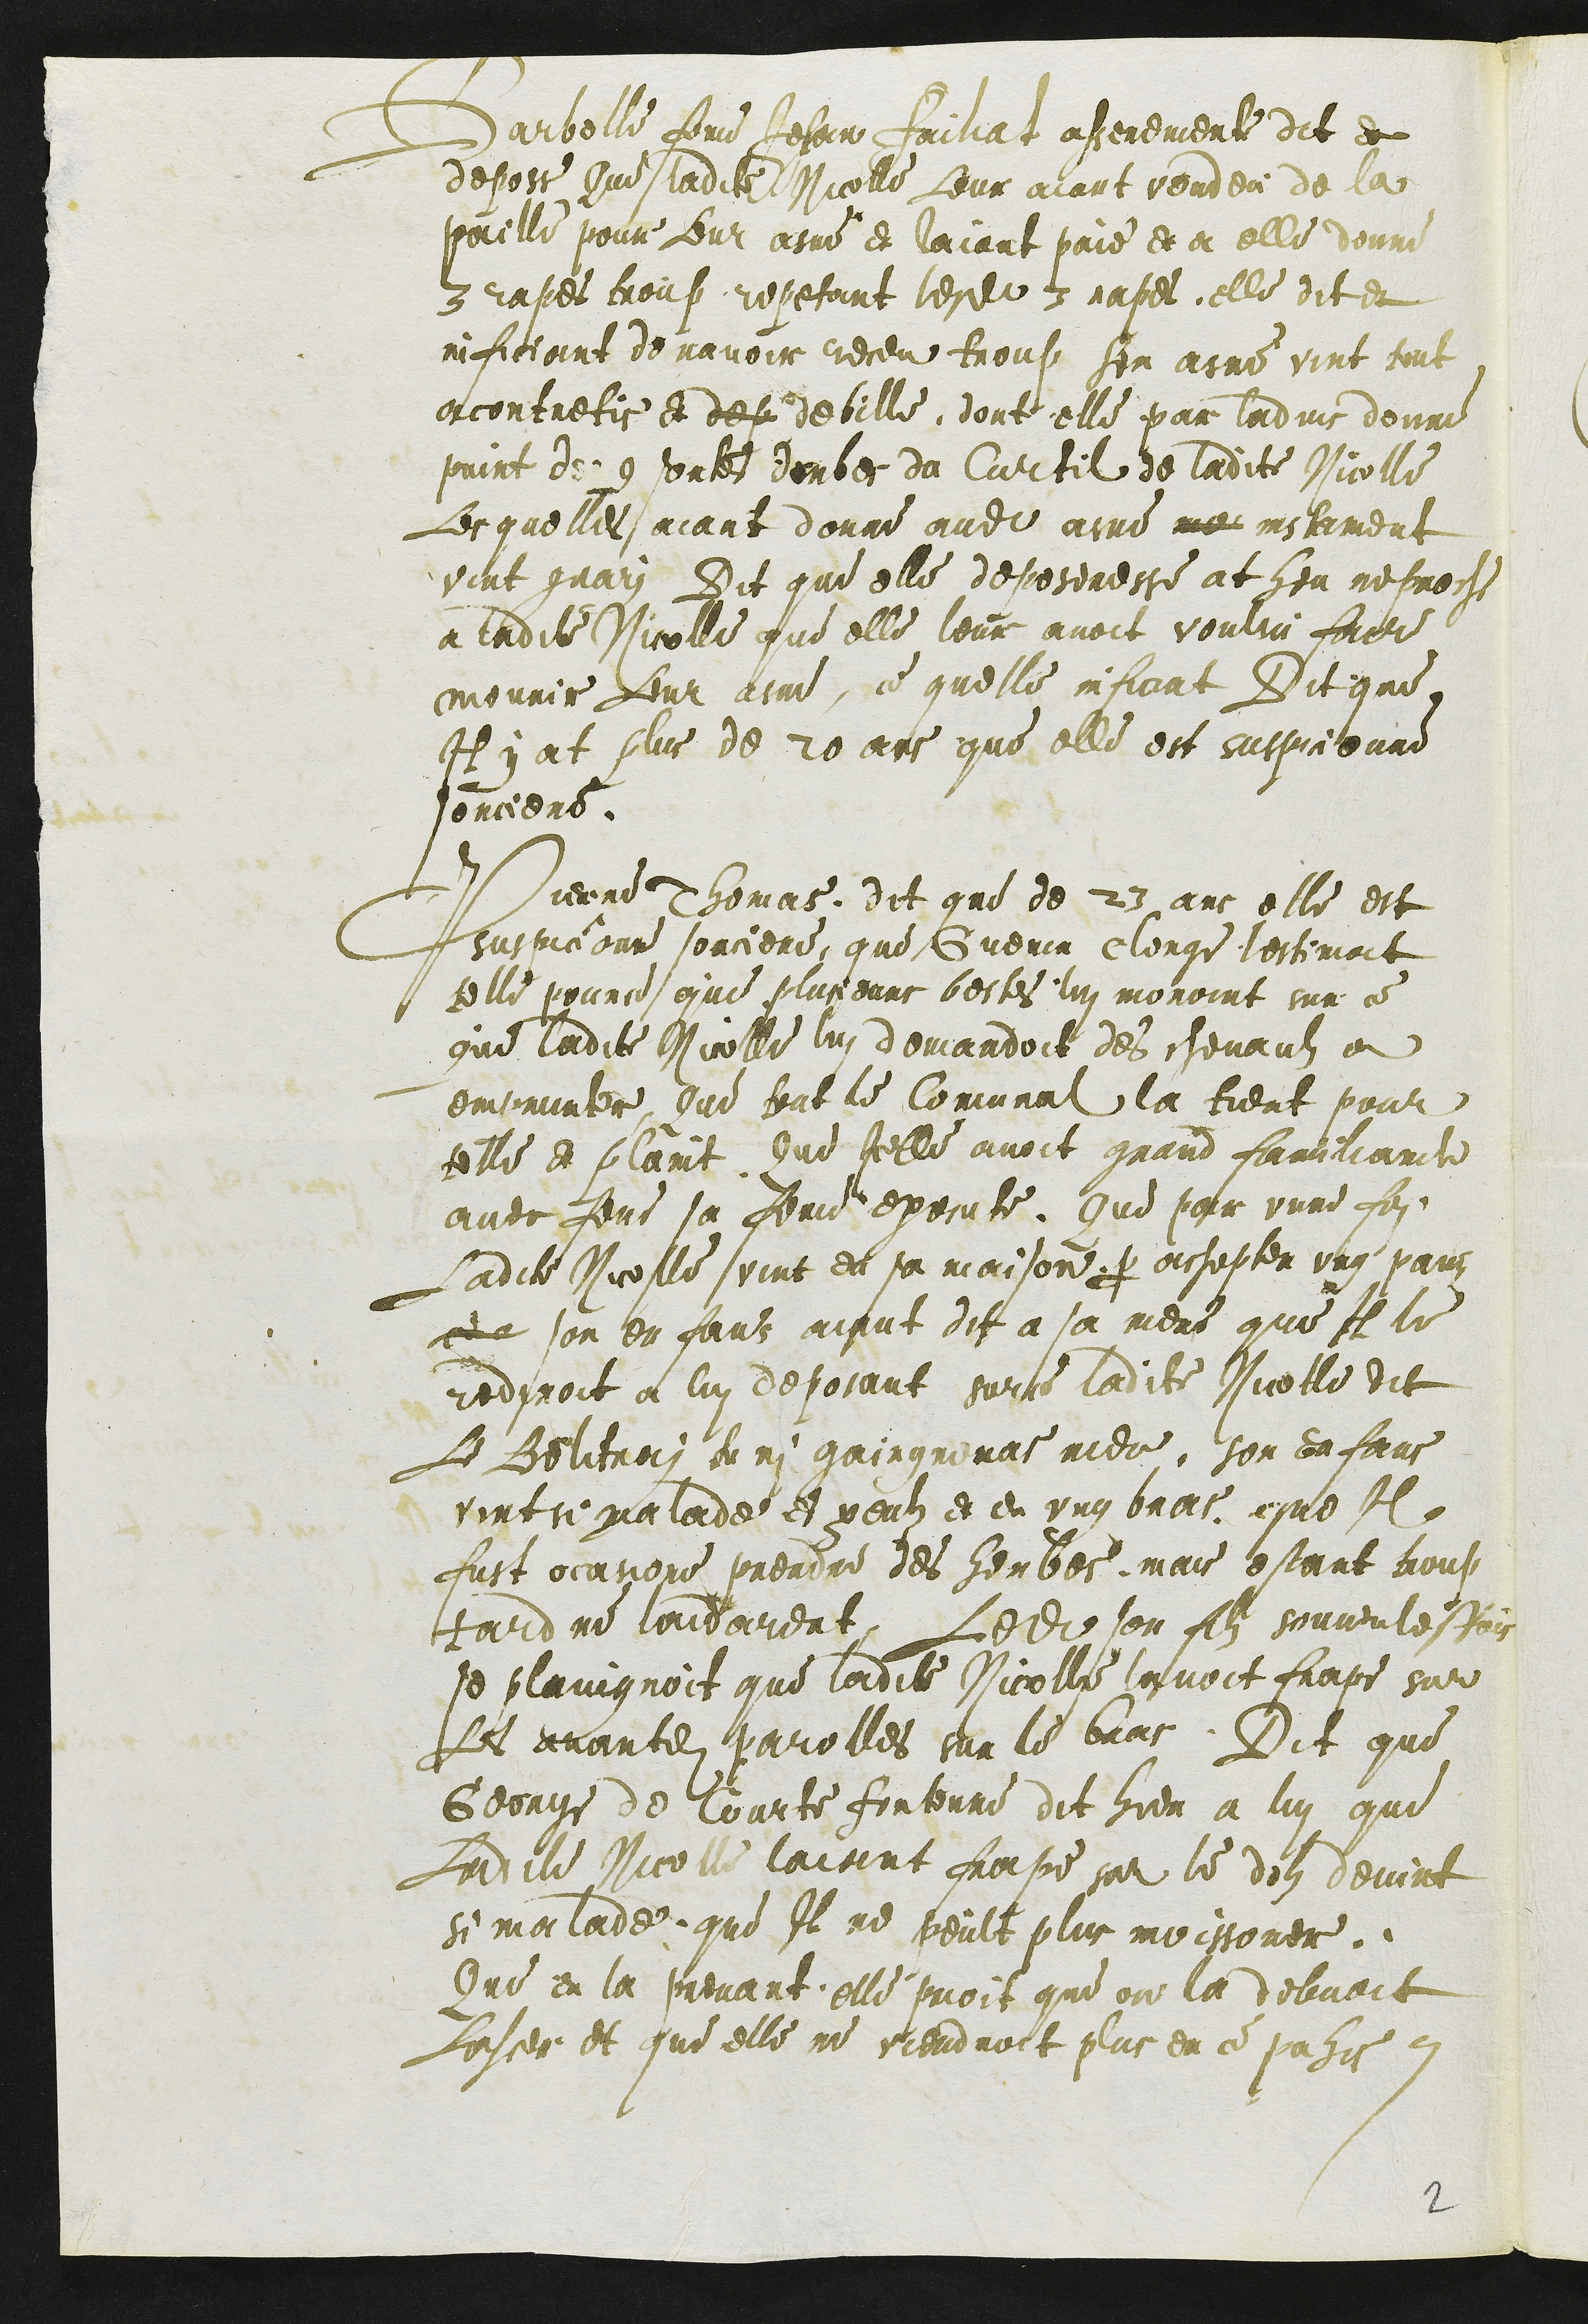
Barbelle feme Jehan Failiat asseremente dit et
depose Que ladite Nicolle Leur aiant vendeu de la
paille pour Leur asne et laiant paie et a elle donne
3 rapes troup, repetant lesdites 3 rapes, elle dit et
inficiant de navoir receu troup son asne vint tout
acontretis et dep debille, dont elle par ladvis donne
print de 9 sortes derbes du Curtil de ladite Nicolle
Lesquelles aiant donne audit asne mo instament
vint guari Dit que elle deposeresse at heu reproche
a ladite Nicolle que elle leur avoit voulsu faire
mourir Leur asne, ce quelle inficiat Dit que
Il y at plus de 20 ans que elle est suspicionne
sorciere.
Pierre Thomas, dit que de 23 ans elle est
suspicionne sorciere, que Guerin Clerge lestimoit
telle pource que plusieurs bestes lui moroint sur ce
que ladite Nicolle lui demandoit des chevauls a
emprunter, Que tout le Comunal la tient pour
telle et plaint. Que Icelle avoit grand familiarite
avec feue sa feme execute. Que pour unne foi
Ladite Nicolle vint en sa maison pour achepter ung pain
de son enfans aiant dit a sa mere que Il le
rediroit a lui deposant surce ladite Nicolle dit
Le Belitrai tu ni gaingneras rien. son enfans
vint si malade et yeulz et en ung bras, que Il
fust ocasione prendre des herbes, mais estant troup
tard ne laidarent, Ledit son filz souventesfois
se plaingnoit que ladite Nicolle lavoit frape sur
Les avantdites parolles sur le bras. Dit que
George de Courte fontenne dit hier a lui que
ladite Nicolle laiant frape sur le dolz devint
si malade, que Il ne peult plus moissoner.
Que en la prenant, elle prioit que on la debvoit
laisser et que elle ne viendroit plus en ce pahis.